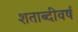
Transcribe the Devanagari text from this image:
शताब्दीवर्ष